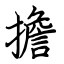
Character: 擔